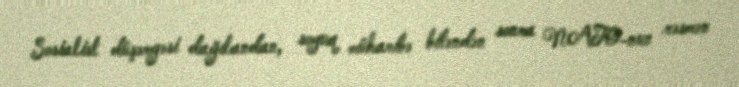
Sosialist düşərgəsi dağılandan, soyuq müharibə bitəndən sonra NATO-nun rəsmən